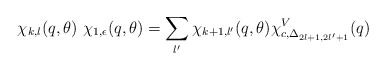
\begin{align*}\chi_{k,l}(q,\theta)~\chi_{1,\epsilon}(q,\theta) = \sum_{l'} \chi_{k+1, l'}(q,\theta) \chi^{V}_{c,\Delta_{2l+1,2l'+1}} (q)\end{align*}